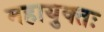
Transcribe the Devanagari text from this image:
महायुक्तः